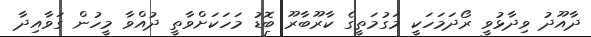
ދާއޫދު ވިދާޅުވީ ރޯދަމަހަކީ މަގުމަތީގެ ކާރޫބާރޫ ބޮޑު މަހަކަށްވާތީ ދުއްވާ މީހުން ގަވާއިދާ